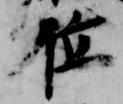
位